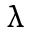
\uplambda